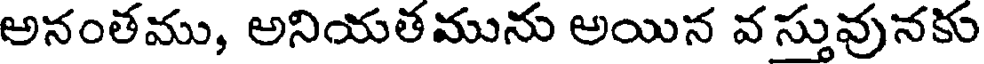
అనంతము, అనియతమును అయిన వ స్తువునకు